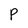
Character: P